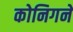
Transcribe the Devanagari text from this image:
कोनिगने